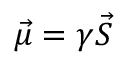
{ \vec { \mu } } = \gamma { \vec { S } }